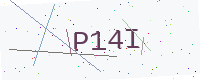
Text: P14I